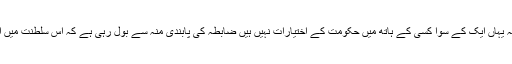
انتظام کی باقاعدگی صاف کہہ رہی ہے کہ یہاں ایک کے سوا کسی کے ہاتھ میں حکومت کے اختیارات نہیں ہیں ضابطہ کی پابندی منہ سے بول رہی ہے کہ اس سلطنت میں ایک حاکم کے سوا کسی کا حکم نہیں چلتا۔